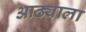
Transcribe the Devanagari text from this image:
आढ्याला